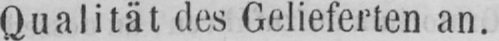
Qualität des Gelieferten an.